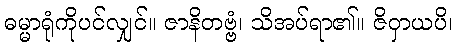
ဓမ္မာရုံကိုပင်လျှင်။ ဇာနိတဗ္ဗံ၊ သိအပ်ရာ၏။ ဇိဝှာယပိ၊